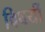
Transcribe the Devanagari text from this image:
विषयोंं